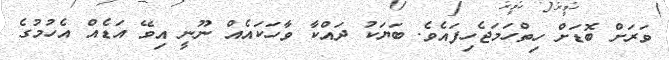
ވަރަށް ބޮޑަށް ހިތްހަމަޖެހިފައެވެ. ބަޔަކު ދައްކާ ވާހަކައެއް ނޫނީ އިވޭ އަޑެއް އެހުމުގެ